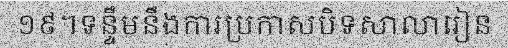
១៩។ទន្ទឹមនឹងការប្រកាសបិទសាលារៀន